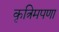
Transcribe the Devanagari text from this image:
कृत्रिमपणा